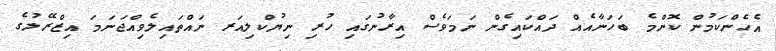
އެހެންކަމުން ކޮންމެ ބަހަނާއެއް ދައްކައިގެން ނަމަވެސް އިރާނުގައި ހުރި ނިޔުކްލިއަރ ނައްތައިލެވިއްޖަނަމަ އިޒްރޭލުގެ